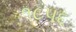
૧૮૫૬